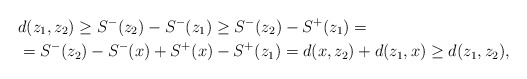
\begin{align*}&d(z_{1},z_{2})\ge S^{-}(z_{2})-S^{-}(z_{1})\ge S^{-}(z_{2})-S^{+}(z_{1})=\\&=S^{-}(z_{2})-S^{-}(x)+S^{+}(x)-S^{+}(z_{1})=d(x,z_{2})+d(z_{1},x)\ge d(z_{1},z_{2}),\end{align*}